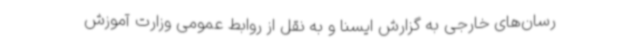
رسان‌های خارجی به گزارش ایسنا و به نقل از روابط عمومی وزارت آموزش